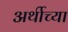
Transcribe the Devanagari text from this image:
अर्थीच्या